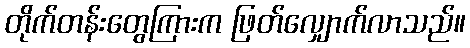
တိုက်တန်းတွေကြားက ဖြတ်လျှောက်လာသည်။